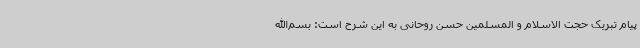
پیام تبریک حجت الاسلام و المسلمین حسن روحانی به این شرح است: بسم‌الله